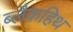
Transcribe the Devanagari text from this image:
ब्लैकहिथ